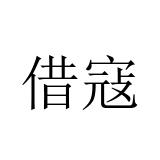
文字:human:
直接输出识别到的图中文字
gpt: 借寇